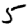
Digit: 5